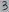
Text: 3